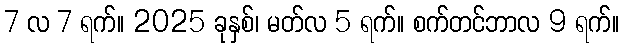
7 လ 7 ရက်။ 2025 ခုနှစ်၊ မတ်လ 5 ရက်။ စက်တင်ဘာလ 9 ရက်။